Annual report of the Bengal Veterinary College and of the Civil Veterinary Department, Bengal, for the year 1915-16 - 1915-1916
Year: 1915
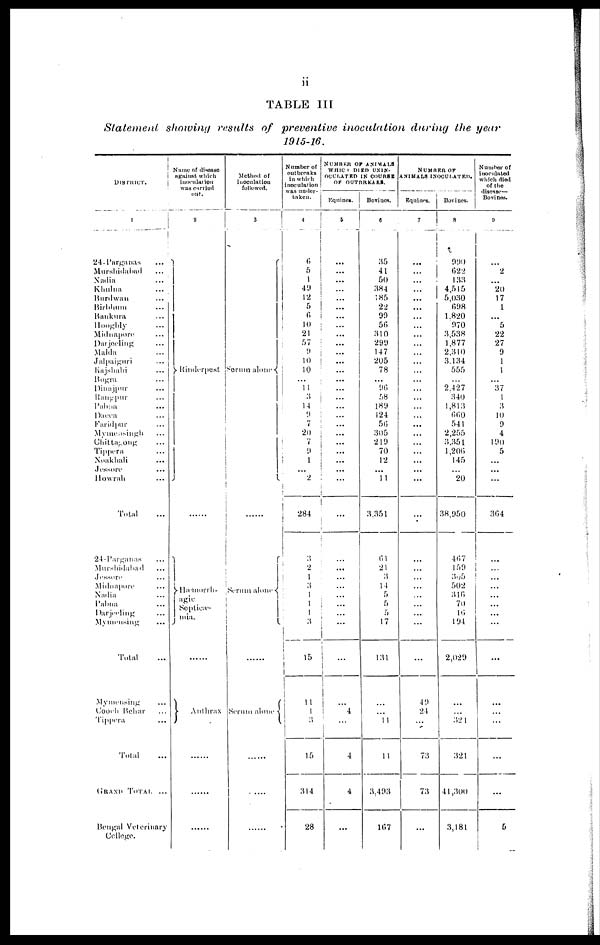
ii
TABLE III
Statement showing results of preventive inoculation during the year
1915-16.
District.
24-Parganas ...
Murshidabad
...
Nadia ...
Khulna ...
Burdwan ...
Birbhum
...
Bankura ...
Hooghly ...
Midnapore ...
Darjeeling ...
Malda ...
Jalpaiguri ...
Kajshahi ...
Bogra ...
Dinajpur ...
Rangpur ...
Pabna ...
Dacca ...
Faridpur ...
Mymensingh ...
Chittag ong ...
Tippera ...
Noakhali ...
Jessore ...
Howrah ...
Total ...
24-Parganas ...
Murshidabad
...
Jessore ...
Midnapore ...
Nadia ...
Pabna ...
Darjeeling ...
Mymensing ...
Total ...
Mymensing ...
Cooch Behar ...
Tippera ...
Total ...
Grand Total ...
Bengal Veterinary
College.
Name of disease
against which
inoculation
was curried
out.
2
Rinderpest
......
Hæmorrh-
agic
Septica-
mia.
Anthrax
......
......
......
Method of
inoculation
followed.
3
Serum alone
......
Scrum alone
......
Serum alone
......
......
Number of
out breaks
in which
inoculation
was under-
taken.
4
6
5
1
40
12
5
6
10
21
57
9
10
10
...
11
3
14
9
7
20
7
9
1
...
2
284
3
2
1
3
1
1
1
3
15
11
1
3
15
314
28
NUMBER OF ANIMALS
WHICH DIED UXIN-
OCULATED IN COURSE
OF OUTBREAKS.
Equines.
5
...
...
...
...
...
...
...
...
...
...
...
...
...
...
...
...
...
...
...
...
...
...
...
...
...
...
...
...
...
...
...
...
...
...
...
4
...
4
4
...
Bovines.
6
35
41
50
384
185
22
90
56
310
299
147
205
78
...
96
58
189
124
56
305
219
70
12
...
11
3.351
61
21
3
14
5
5
5
17
131
...
...
11
11
3.493
167
Number of
animals inoculated.
Equines.
7
...
...
...
...
...
...
...
...
...
...
...
...
...
...
...
...
...
...
...
...
...
...
...
...
...
...
...
...
...
...
...
...
...
49
24
...
73
73
...
Bovines.
8
990
622
133
4,515
5,030
698
1.820
970
3,538
1,877
2,310
3,134
555
...
2,427
340
1,813
660
541
2,255
3,351
1,206
145
...
20
38,950
467
159
305
502
316
70
16
194
2,029
...
...
32 1
321
41,300
3,181
Number of
inoculated
which died
of the
discase—
Bovines.
9
...
2
...
20
17
1
...
5
22
27
9
1
1
...
37
1
3
10
9
4
190
5
...
...
...
364
...
...
...
...
...
...
...
...
...
...
...
...
5